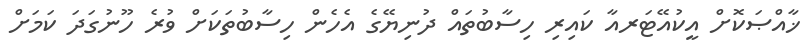
ޚާއްޞަކޮށް އީކުއޭޓަރއާ ކައިރި ހިސާބުތައް ދުނިޔޭގެ އެހެން ހިސާބުތަކަށް ވުރެ ހޫނުގަދަ ކަމަށް